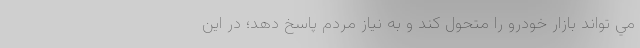
مي تواند بازار خودرو را متحول كند و به نياز مردم پاسخ دهد؛ در اين